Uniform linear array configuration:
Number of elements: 8
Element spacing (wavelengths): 0.25
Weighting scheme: hann
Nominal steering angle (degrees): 60
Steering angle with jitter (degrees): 61.552
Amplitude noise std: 0.05
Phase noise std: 0.05

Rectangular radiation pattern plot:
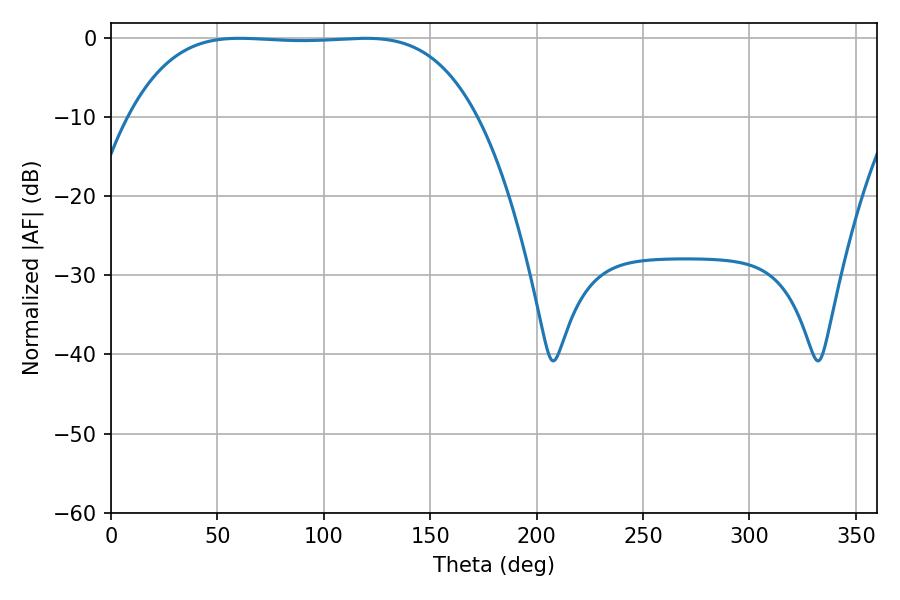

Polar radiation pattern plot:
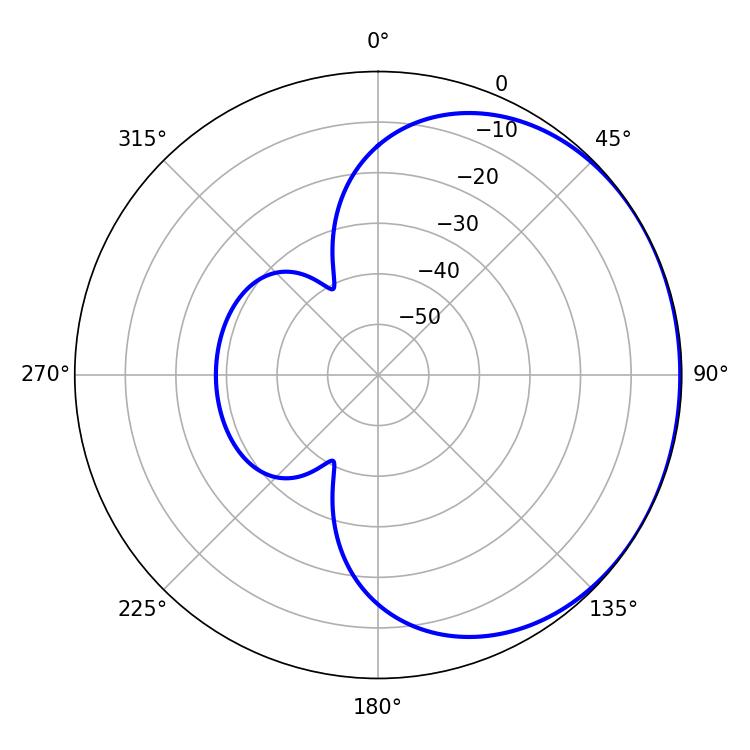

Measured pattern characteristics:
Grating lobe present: FALSE
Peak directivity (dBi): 0.7072
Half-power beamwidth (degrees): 126
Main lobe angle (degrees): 60.48